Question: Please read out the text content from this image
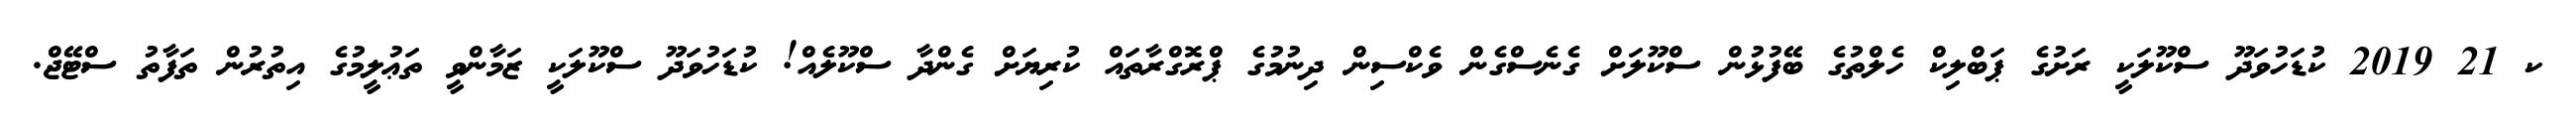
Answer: ކ 21 2019 ކުޑަހުވަދޫ ސްކޫލަކީ ރަށުގެ ޕަބްލިކް ހެލްތުގެ ބޭފުޅުން ސްކޫލަށް ގެނެސްގެން ވެކްސިން ދިނުމުގެ ޕްރޮގްރާތައް ކުރިޔަށް ގެންދާ ސްކޫލެއް! ކުޑަހުވަދޫ ސްކޫލަކީ ޒަމާންވީ ތަޢުލީމުގެ އިތުރުން ތަފާތު ސްޓޭޖް.